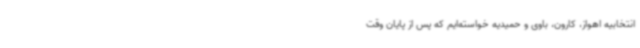
انتخابیه اهواز، کارون، باوی و حمیدیه خواسته‌ایم که پس از پایان وقت